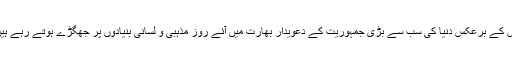
اس کے برعکس دنیا کی سب سے بڑی جمہوریت کے دعویدار بھارت میں آئے روز مذہبی و لسانی بنیادوں پر جھگڑے ہوتے رہے ہیں۔